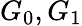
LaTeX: G_{0},G_{1}